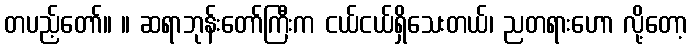
တပည့်တော်။ ။ ဆရာဘုန်းတော်ကြီးက ငယ်ငယ်ရှိသေးတယ်၊ ညတရားဟော လို့တော့